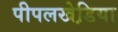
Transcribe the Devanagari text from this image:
पीपलखेडि़या